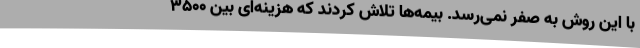
با این روش به صفر نمی‌رسد. بیمه‌ها تلاش کردند که هزینه‌ای بین ۳۵۰۰